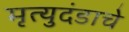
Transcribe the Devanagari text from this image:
मृत्युदंडाचे